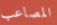
المصاعب